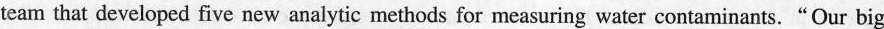
team that developed five new analytic methods for measuring water contaminants. "Our big